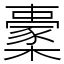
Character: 㯻